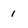
Character: i